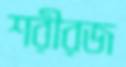
শরীরজ